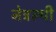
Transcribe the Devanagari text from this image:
नेत्ररूपी